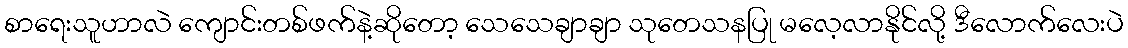
စာရေးသူဟာလဲ ကျောင်းတစ်ဖက်နဲ့ဆိုတော့ သေသေချာချာ သုတေသနပြု မလေ့လာနိုင်လို့ ဒီလောက်လေးပဲ